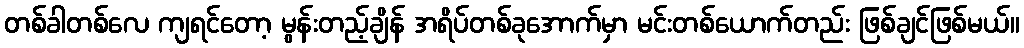
တစ်ခါတစ်လေ ကျရင်တော့ မွန်းတည့်ချိန် အရိပ်တစ်ခုအောက်မှာ မင်းတစ်ယောက်တည်း ဖြစ်ချင်ဖြစ်မယ်။